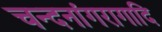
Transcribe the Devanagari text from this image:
चन्दनांगरागादि